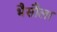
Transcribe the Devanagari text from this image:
भैसौला